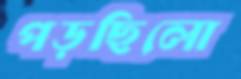
পড়ছিলো